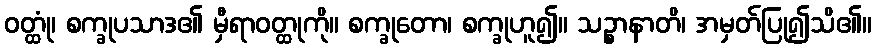
ဝတ္ထုံ၊ စက္ခုပသာဒ၏ မှီရာဝတ္ထုကို။ စက္ခုတော၊ စက္ခုဟူ၍။ သဉ္စာနာတိ၊ အမှတ်ပြု၍သိ၏။